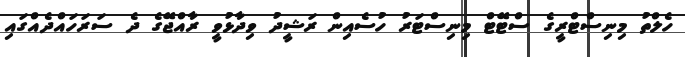
ހެލްތު މިނިސްޓްރީގެ ސްޓޭޓް މިނިސްޓަރު ހުސެއިން ރަޝީދު ވިދާޅުވީ ރާއްޖޭގެ ދެ ސަރަހައްދެއްގައި